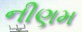
નીણમ